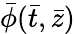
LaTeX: \bar{\phi}(\bar{t},\bar{z})